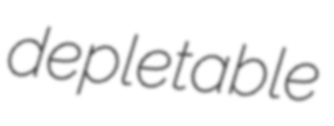
depletable